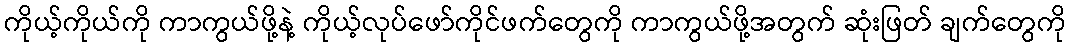
ကိုယ့်ကိုယ်ကို ကာကွယ်ဖို့နဲ့ ကိုယ့်လုပ်ဖော်ကိုင်ဖက်တွေကို ကာကွယ်ဖို့အတွက် ဆုံးဖြတ် ချက်တွေကို